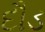
દૌડ